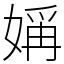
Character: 㛵